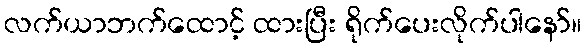
လက်ယာဘက်ထောင့် ထားပြီး ရိုက်ပေးလိုက်ပါနော်။